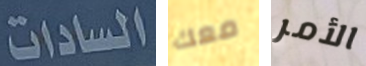
السادات معك الأمر